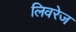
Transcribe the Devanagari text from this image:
लिवरेज